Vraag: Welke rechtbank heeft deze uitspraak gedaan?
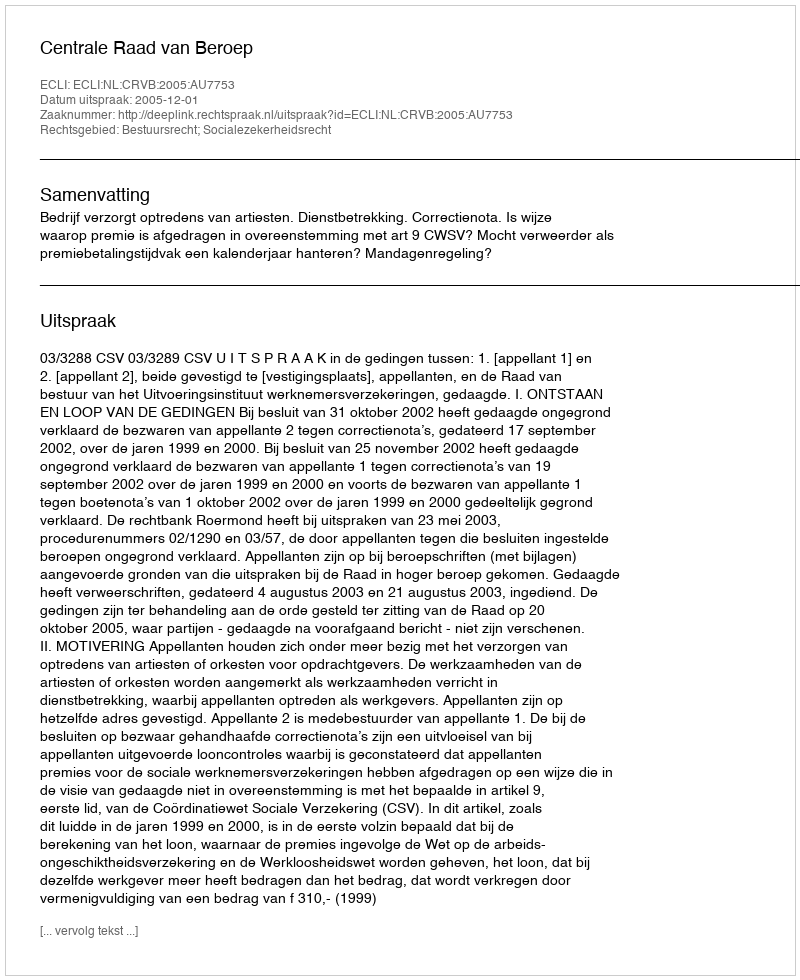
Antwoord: Centrale Raad van Beroep